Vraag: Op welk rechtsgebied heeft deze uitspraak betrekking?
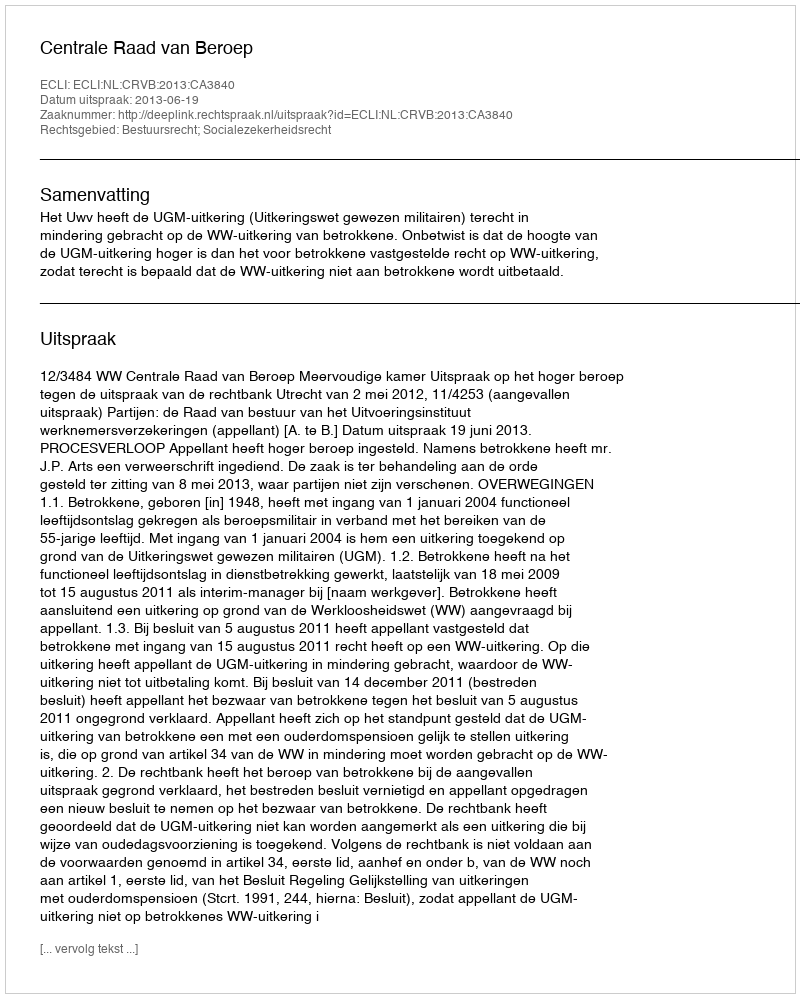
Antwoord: Bestuursrecht; Socialezekerheidsrecht